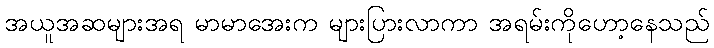
အယူအဆများအရ မာမာအေးက များပြားလာကာ အရမ်းကိုဟော့နေသည်